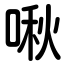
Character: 啾